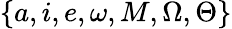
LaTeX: \left\{ a,i,e,\omega,M,\Omega,\Theta\right\}